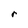
Character: r